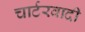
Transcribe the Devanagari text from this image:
चार्टरवादी